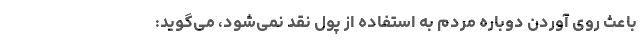
باعث روی آوردن دوباره مردم به استفاده از پول نقد نمی‌شود، می‌گوید: